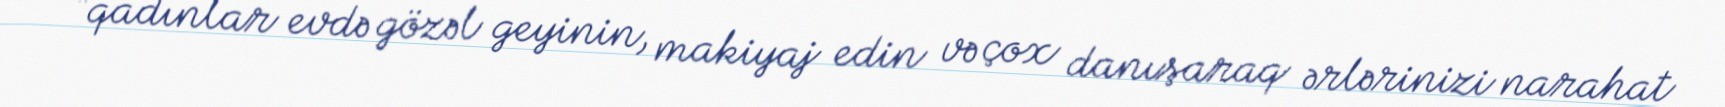
“qadınlar evdə gözəl geyinin, makiyaj edin və çox danışaraq ərlərinizi narahat